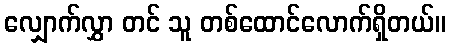
လျှောက်လွှာ တင် သူ တစ်ထောင်လောက်ရှိတယ်။